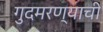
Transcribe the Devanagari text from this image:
गुदमरण्याची